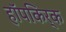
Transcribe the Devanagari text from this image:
हॉपकिर्क